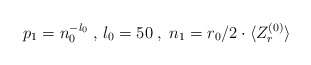
\begin{align*}p_1=n_0^{-l_0}\;,\,l_0=50\;,\;n_1=r_0/2\cdot\langle Z_r^{(0)}\rangle\end{align*}